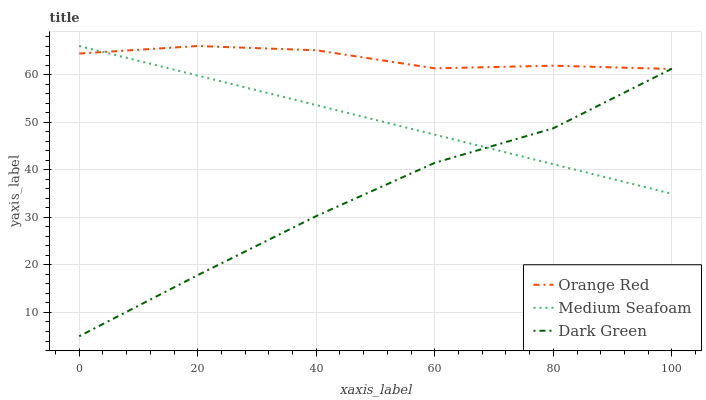
| xaxis_label | Orange Red | Medium Seafoam | Dark Green |
 | --- | --- | --- | --- |
 | 0 | 64.4 | 66 | 5 |
 | 20 | 66 | 59.8 | 17.8 |
 | 40 | 65.1 | 53.6 | 30.3 |
 | 60 | 61.3 | 47.4 | 41.5 |
 | 80 | 61.9 | 41.2 | 48.7 |
 | 100 | 61.2 | 34.9 | 61.2 |